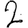
Digit: 2